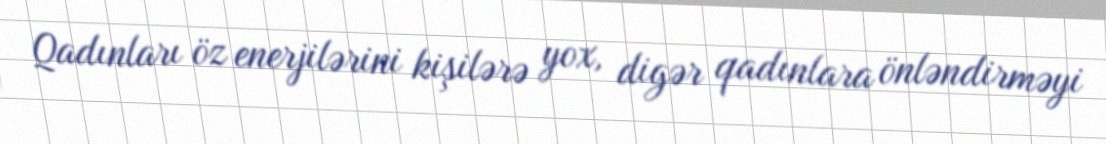
Qadınları öz enerjilərini kişilərə yox, digər qadınlara önləndirməyi